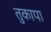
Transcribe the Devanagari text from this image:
तुकापा